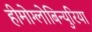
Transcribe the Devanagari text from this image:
हीमोग्लोबिन्युरिया